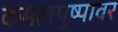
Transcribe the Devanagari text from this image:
कमलपुष्पावर